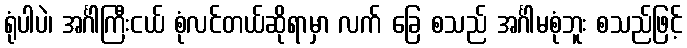
ရုံပါပဲ၊ အင်္ဂါကြီးငယ် စုံလင်တယ်ဆိုရာမှာ လက် ခြေ စသည် အင်္ဂါမစုံဘူး စသည်ဖြင့်